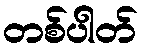
တစ်ပါတ်